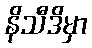
နိသီဒိမှာ